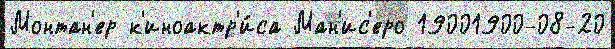
Монтан'ер к'иноактр'и́са Ман'ис'еро 19001900-08-20